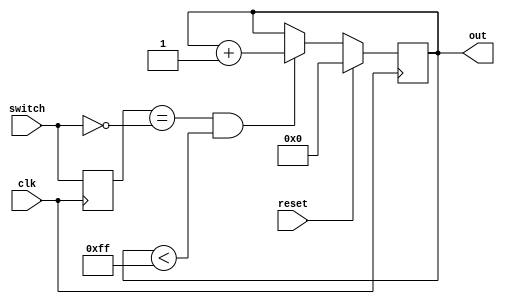
//Counts photon signals from PMT
module count2(clk, switch, reset, out);

input switch, reset, clk;
output reg [7:0] out;
reg edgedetect;

always @(posedge clk)
begin
edgedetect<=switch;

if (reset)
out<=0;

else if ((edgedetect == !switch) && out<255)
out<=out+1;


end
endmodule